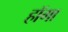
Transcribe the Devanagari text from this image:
हॉगा